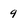
Character: 9